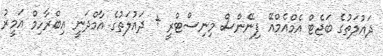
ދައުލަތުގެ ބަޖެޓް އެމްއެމްއޭ ފިނޭންސް މިނިސްޓްރީ + ދައުލަތުގެ އާމްދަނީ އިބްރާހިމް އަމީރު